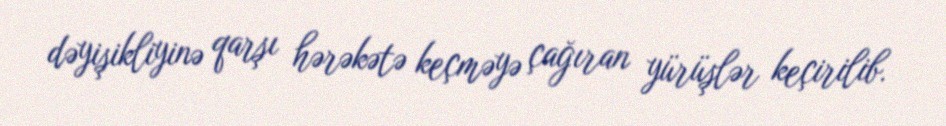
dəyişikliyinə qarşı hərəkətə keçməyə çağıran yürüşlər keçirilib.